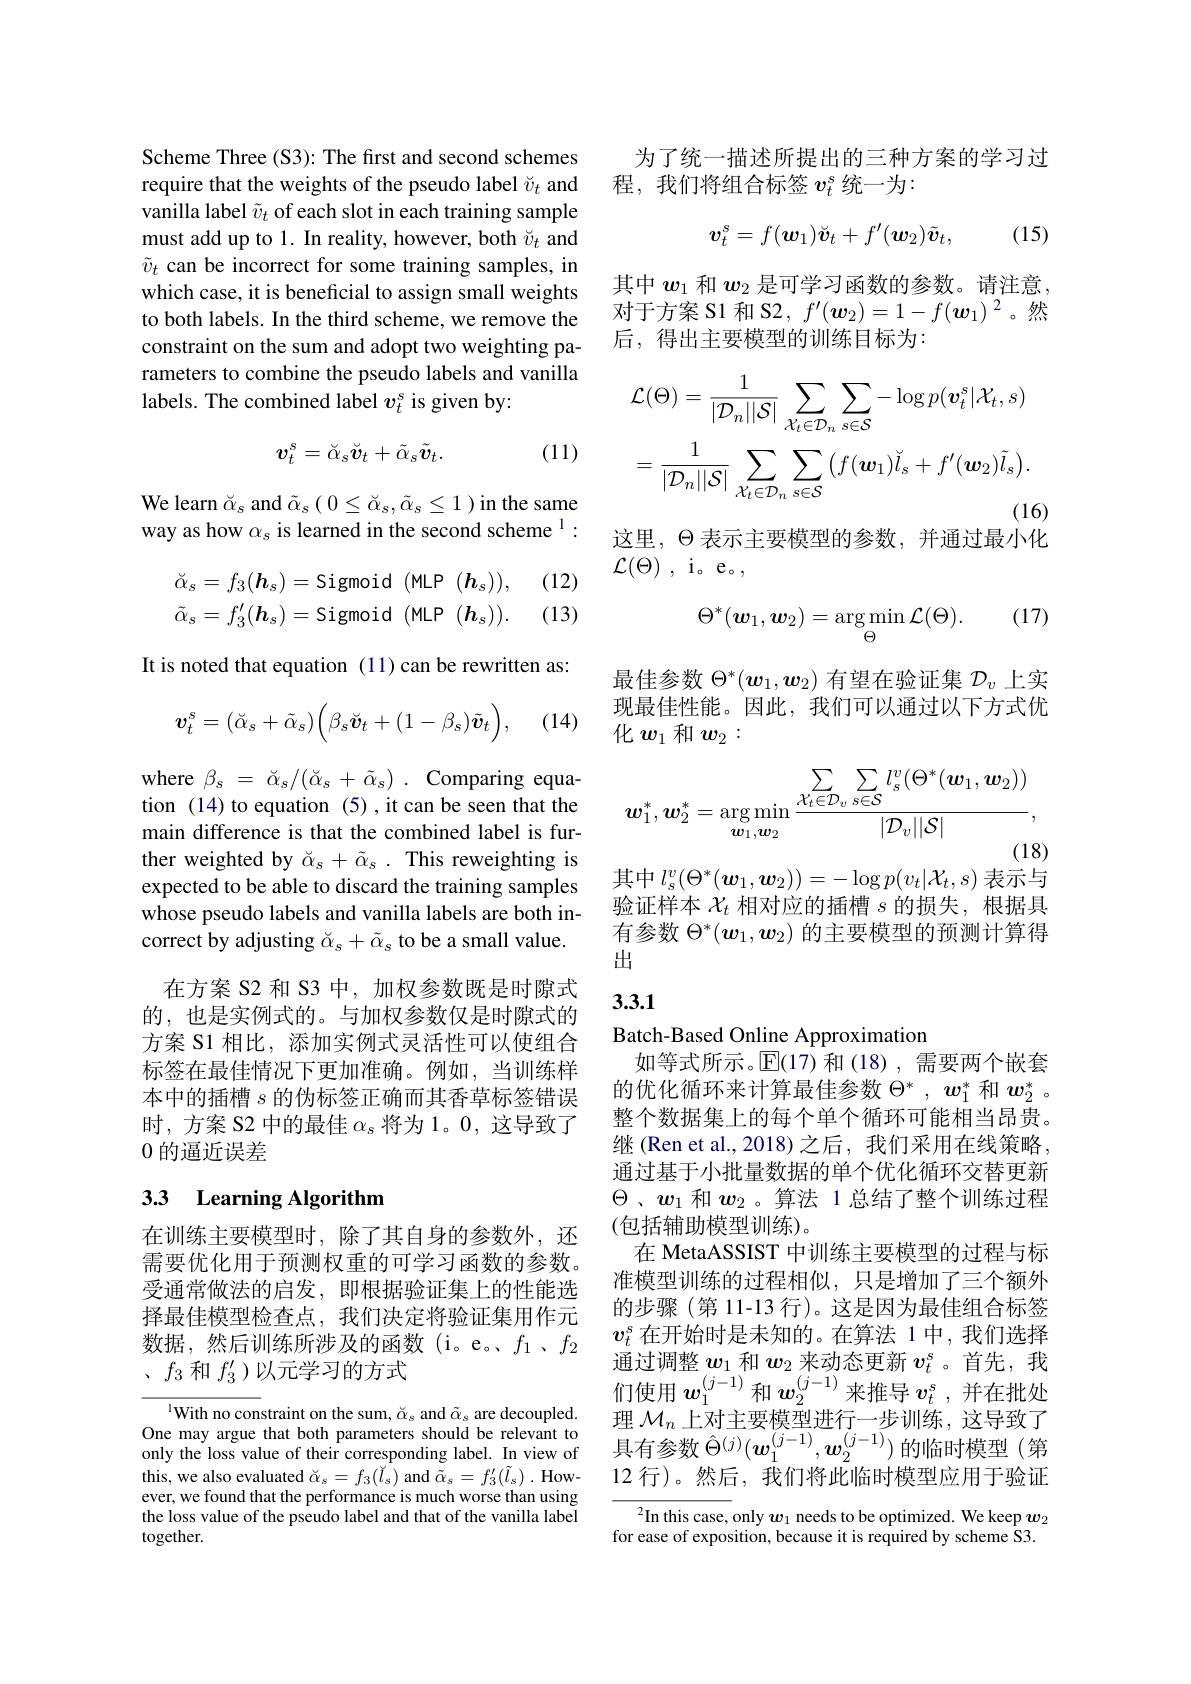
Scheme Three (S3): The first and second schemes require that the weights of the pseudo label $\check v_t$ and vanilla label $\tilde{v}_t$ of each slot in each training sample must add up to 1. In reality, however, both $\breve{v}_t$ and $\tilde{v}_t$ can be incorrect for some training samples, in which case, it is beneficial to assign small weights to both labels. In the third scheme, we remove the constraint on the sum and adopt two weighting parameters to combine the pseudo labels and vanilla labels. The combined label $v_t^\mathrm{s}$ is given by:
$$v_t^s=\check{\alpha}_s\check{\boldsymbol{v}}_t+\tilde{\alpha}_s\tilde{\boldsymbol{v}}_t.$$
(11)

${\mathrm{We~learn~}\check{\alpha}_{s}}$ and $\tilde{\alpha}_{s}\left(0\leq\check{\alpha}_{s},\tilde{\alpha}_{s}\leq1\right){\mathrm{in~the~same}}$ way as how $\alpha_s$ is learned in the second scheme $^1:$
$$\begin{aligned}\breve{\alpha}_s&=f_3(\boldsymbol{h}_s)=\text{Sigmoid(MLP(}\boldsymbol{h}_s)),\\\tilde{\alpha}_s&=f_3'(\boldsymbol{h}_s)=\text{Sigmoid(MLP(}\boldsymbol{h}_s)).\end{aligned}$$
(12)

(13)

It is noted that equation (11)can be rewritten as:
$$\boldsymbol{v}_t^s=(\breve{\alpha}_s+\tilde{\alpha}_s)\Big(\beta_s\breve{\boldsymbol{v}}_t+(1-\beta_s)\tilde{\boldsymbol{v}}_t\Big),$$
(14)

where $\beta _{s}$ = $\breve{\alpha } _{s}/ ( \check{\alpha } _{s}$ + $\tilde{\alpha } _{s})$ . Comparing equa- tion (14) to equation (5),it can be seen that the main difference is that the combined label is further weighted by $\breve{\alpha}_s+\tilde{\alpha}_s.$ This reweighting is expected to be able to discard the training samples whose pseudo labels and vanilla labels are both incorrect by adjusting $\breve{\alpha}_s+\tilde{\alpha}_s$ to be a small value.
在方案 S2 和 S3 中，加权参数既是时隙式的，也是实例式的。与加权参数仅是时隙式的方案 S1 相比，添加实例式灵活性可以使组合标签在最佳情况下更加准确。例如，当训练样本中的插槽$s$的伪标签正确而其香草标签错误时，方案 S2 中的最佳$\alpha_s$将为 1。0,这导致了0的逼近误差

## 33 Learning Algorithm

在训练主要模型时，除了其自身的参数外，还需要优化用于预测权重的可学习函数的参数。受通常做法的启发，即根据验证集上的性能选择最佳模型检查点，我们决定将验证集用作元数据，然后训练所涉及的函数(i。e。$f_1$ , $f_2$ 、$f_3$和$f_3^\prime$ )以元学习的方式

$^{1}$With no constraint on the sum, $\breve\alpha_s$ and $\tilde{\alpha}_s$ are decoupled. One may argue that both parameters should be relevant to only the loss value of their corresponding label. In view of this, we also evaluated $\check{\alpha}_s=f_3(\check{l}_s)$ and $\tilde{\alpha}_s=f_3^{\prime}(\tilde{l}_s)$ . However, we found that the performance is much worse than using the loss value of the pseudo label and that of the vanilla label together.

为了统一描述所提出的三种方案的学习过
程，我们将组合标签$v_t^s$统一为：
$$v_t^s=f(\boldsymbol{w}_1)\check{\boldsymbol{v}}_t+f^{\prime}(\boldsymbol{w}_2)\tilde{\boldsymbol{v}}_t,$$
(15)

其中$w_1$和$w_2$是可学习函数的参数。请注意， 对于方案 S1 和 S2, $f^\prime(\boldsymbol{w}_2)=1-f(\boldsymbol{w}_1)^2$。然后，得出主要模型的训练目标为：
$$\begin{aligned}&\mathcal{L}(\Theta)=\frac{1}{|\mathcal{D}_{n}||\mathcal{S}|}\sum_{\mathcal{X}_{t}\in\mathcal{D}_{n}}\sum_{s\in\mathcal{S}}-\log p(\boldsymbol{v}_{t}^{s}|\mathcal{X}_{t},s)\\&=\frac{1}{|\mathcal{D}_{n}||\mathcal{S}|}\sum_{\mathcal{X}_{t}\in\mathcal{D}_{n}}\sum_{s\in\mathcal{S}}\big(f(\boldsymbol{w}_{1})\check{l}_{s}+f^{\prime}(\boldsymbol{w}_{2})\tilde{l}_{s}\big).\end{aligned}$$
这里，$\Theta$表示主要模型的参数，并通过最小化
$\mathcal{L} ( \Theta )$ , i。e。,

(17)
$$\Theta^{*}(\boldsymbol{w}_{1},\boldsymbol{w}_{2})=\arg\min_{\Theta}\mathcal{L}(\Theta).$$
最佳参数$\Theta^*(\boldsymbol{w}_1,\boldsymbol{w}_2)$有望在验证集$\mathcal{D}_v$上实现最佳性能。因此，我们可以通过以下方式优化$w_1$和$w_2:$
$$\sum_{\boldsymbol{w}_{1}^{*},\boldsymbol{w}_{2}^{*}=\arg\min_{\boldsymbol{w}_{1},\boldsymbol{w}_{2}}\frac{\mathcal{X}_{t}\in\mathcal{D}_{v}}{s\in\mathcal{S}}l_{s}^{v}(\Theta^{*}(\boldsymbol{w}_{1},\boldsymbol{w}_{2}))}{|\mathcal{D}_{v}||\mathcal{S}|},$$
其中$l_s^v(\Theta^*(\boldsymbol{w}_1,\boldsymbol{w}_2))=-\log p(v_t|\mathcal{X}_t,s)$表示与

验证样本$\mathcal{X}_t$相对应的插槽$s$的损失，根据具有参数$\Theta^*(\boldsymbol{w}_1,\boldsymbol{w}_2)$的主要模型的预测计算得出

## 3.3.1

Batch-Based Online Approximation
如等式所示。$\mathbb{E}(17)$和 (18),需要两个嵌套的优化循环来计算最佳参数$\Theta^*,w_1^*$和$w_2^*$ 。整个数据集上的每个单个循环可能相当昂贵。继(Ren et al.,2018)之后，我们采用在线策略， 通过基于小批量数据的单个优化循环交替更新$\Theta$、$w_1$和$w_2$ 。算法 1 总结了整个训练过程(包括辅助模型训练)。
在 MetaASSIST 中训练主要模型的过程与标准模型训练的过程相似，只是增加了三个额外的步骤(第 11-13 行)。这是因为最佳组合标签$v_t^s$在开始时是未知的。在算法 1 中，我们选择通过调整$w_1$和$w_2$来动态更新$v_t^s$。首先，我们使用$w_1^{(j-1)}$和$w_2^{(j-1)}$来推导$v_t^s$ ,并在批处理$\mathcal{M}_n$上对主要模型进行一步训练，这导致了具有参数$\hat{\Theta}^{(j)}(w_1^{(j-1)},w_2^{(j-1)})$ 的临时模型(第12 行)。然后，我们将此临时模型应用于验证

$^2$In this case, only $\boldsymbol w_1$ needs to be optimized. We keep $\boldsymbol w_2$ for ease of exposition, because it is required by scheme S3.